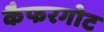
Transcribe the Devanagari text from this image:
कैफरगोट